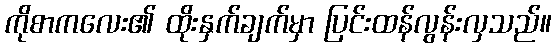
ကိုစာကလေး၏ ထိုးနှက်ချက်မှာ ပြင်းထန်လွန်းလှသည်။